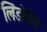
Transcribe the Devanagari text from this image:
लिंडोमेन